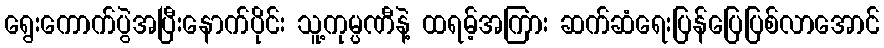
ရွေးကောက်ပွဲအပြီးနောက်ပိုင်း သူ့ကုမ္ပဏီနဲ့ ထရမ့်အကြား ဆက်ဆံရေးပြန်ပြေပြစ်လာအောင်